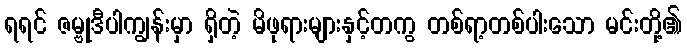
ရရင် ဇမ္ဗုဒီပါကျွန်းမှာ ရှိတဲ့ မိဖုရားများနှင့်တကွ တစ်ရာ့တစ်ပါးသော မင်းတို့၏